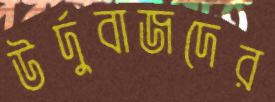
উর্দুবাজদের